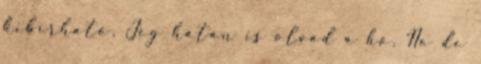
kibírható. Jég hátán is olvad a hó. No de